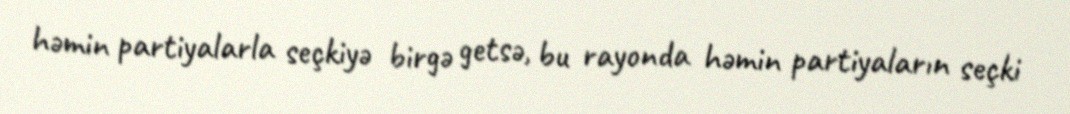
həmin partiyalarla seçkiyə birgə getsə, bu rayonda həmin partiyaların seçki